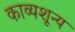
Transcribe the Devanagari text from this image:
काव्यशून्य